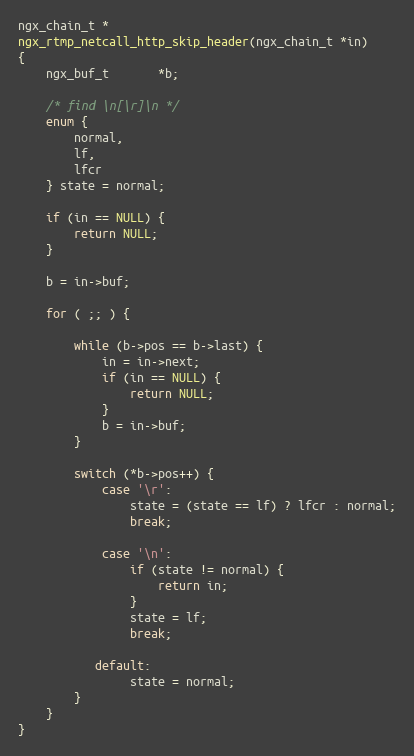
Language: C
ngx_chain_t *
ngx_rtmp_netcall_http_skip_header(ngx_chain_t *in)
{
    ngx_buf_t       *b;

    /* find \n[\r]\n */
    enum {
        normal,
        lf,
        lfcr
    } state = normal;

    if (in == NULL) {
        return NULL;
    }

    b = in->buf;

    for ( ;; ) {

        while (b->pos == b->last) {
            in = in->next;
            if (in == NULL) {
                return NULL;
            }
            b = in->buf;
        }

        switch (*b->pos++) {
            case '\r':
                state = (state == lf) ? lfcr : normal;
                break;

            case '\n':
                if (state != normal) {
                    return in;
                }
                state = lf;
                break;

           default:
                state = normal;
        }
    }
}